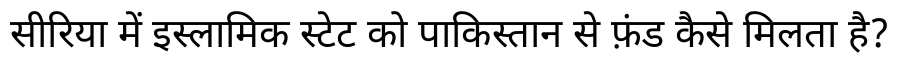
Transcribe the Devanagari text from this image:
सीरिया में इस्लामिक स्टेट को पाकिस्तान से फ़ंड कैसे मिलता है?